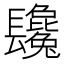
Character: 𨳂